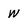
Character: w